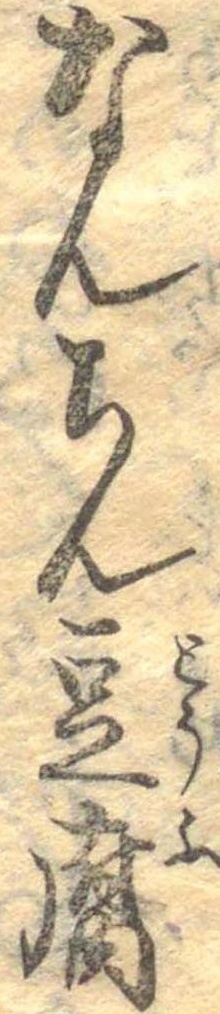
なんちん豆腐